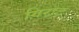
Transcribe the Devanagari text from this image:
गिराट